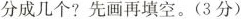
分成几个?先画再填空。(3分)